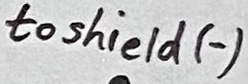
Text: to shield (-)